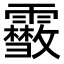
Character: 𩆥